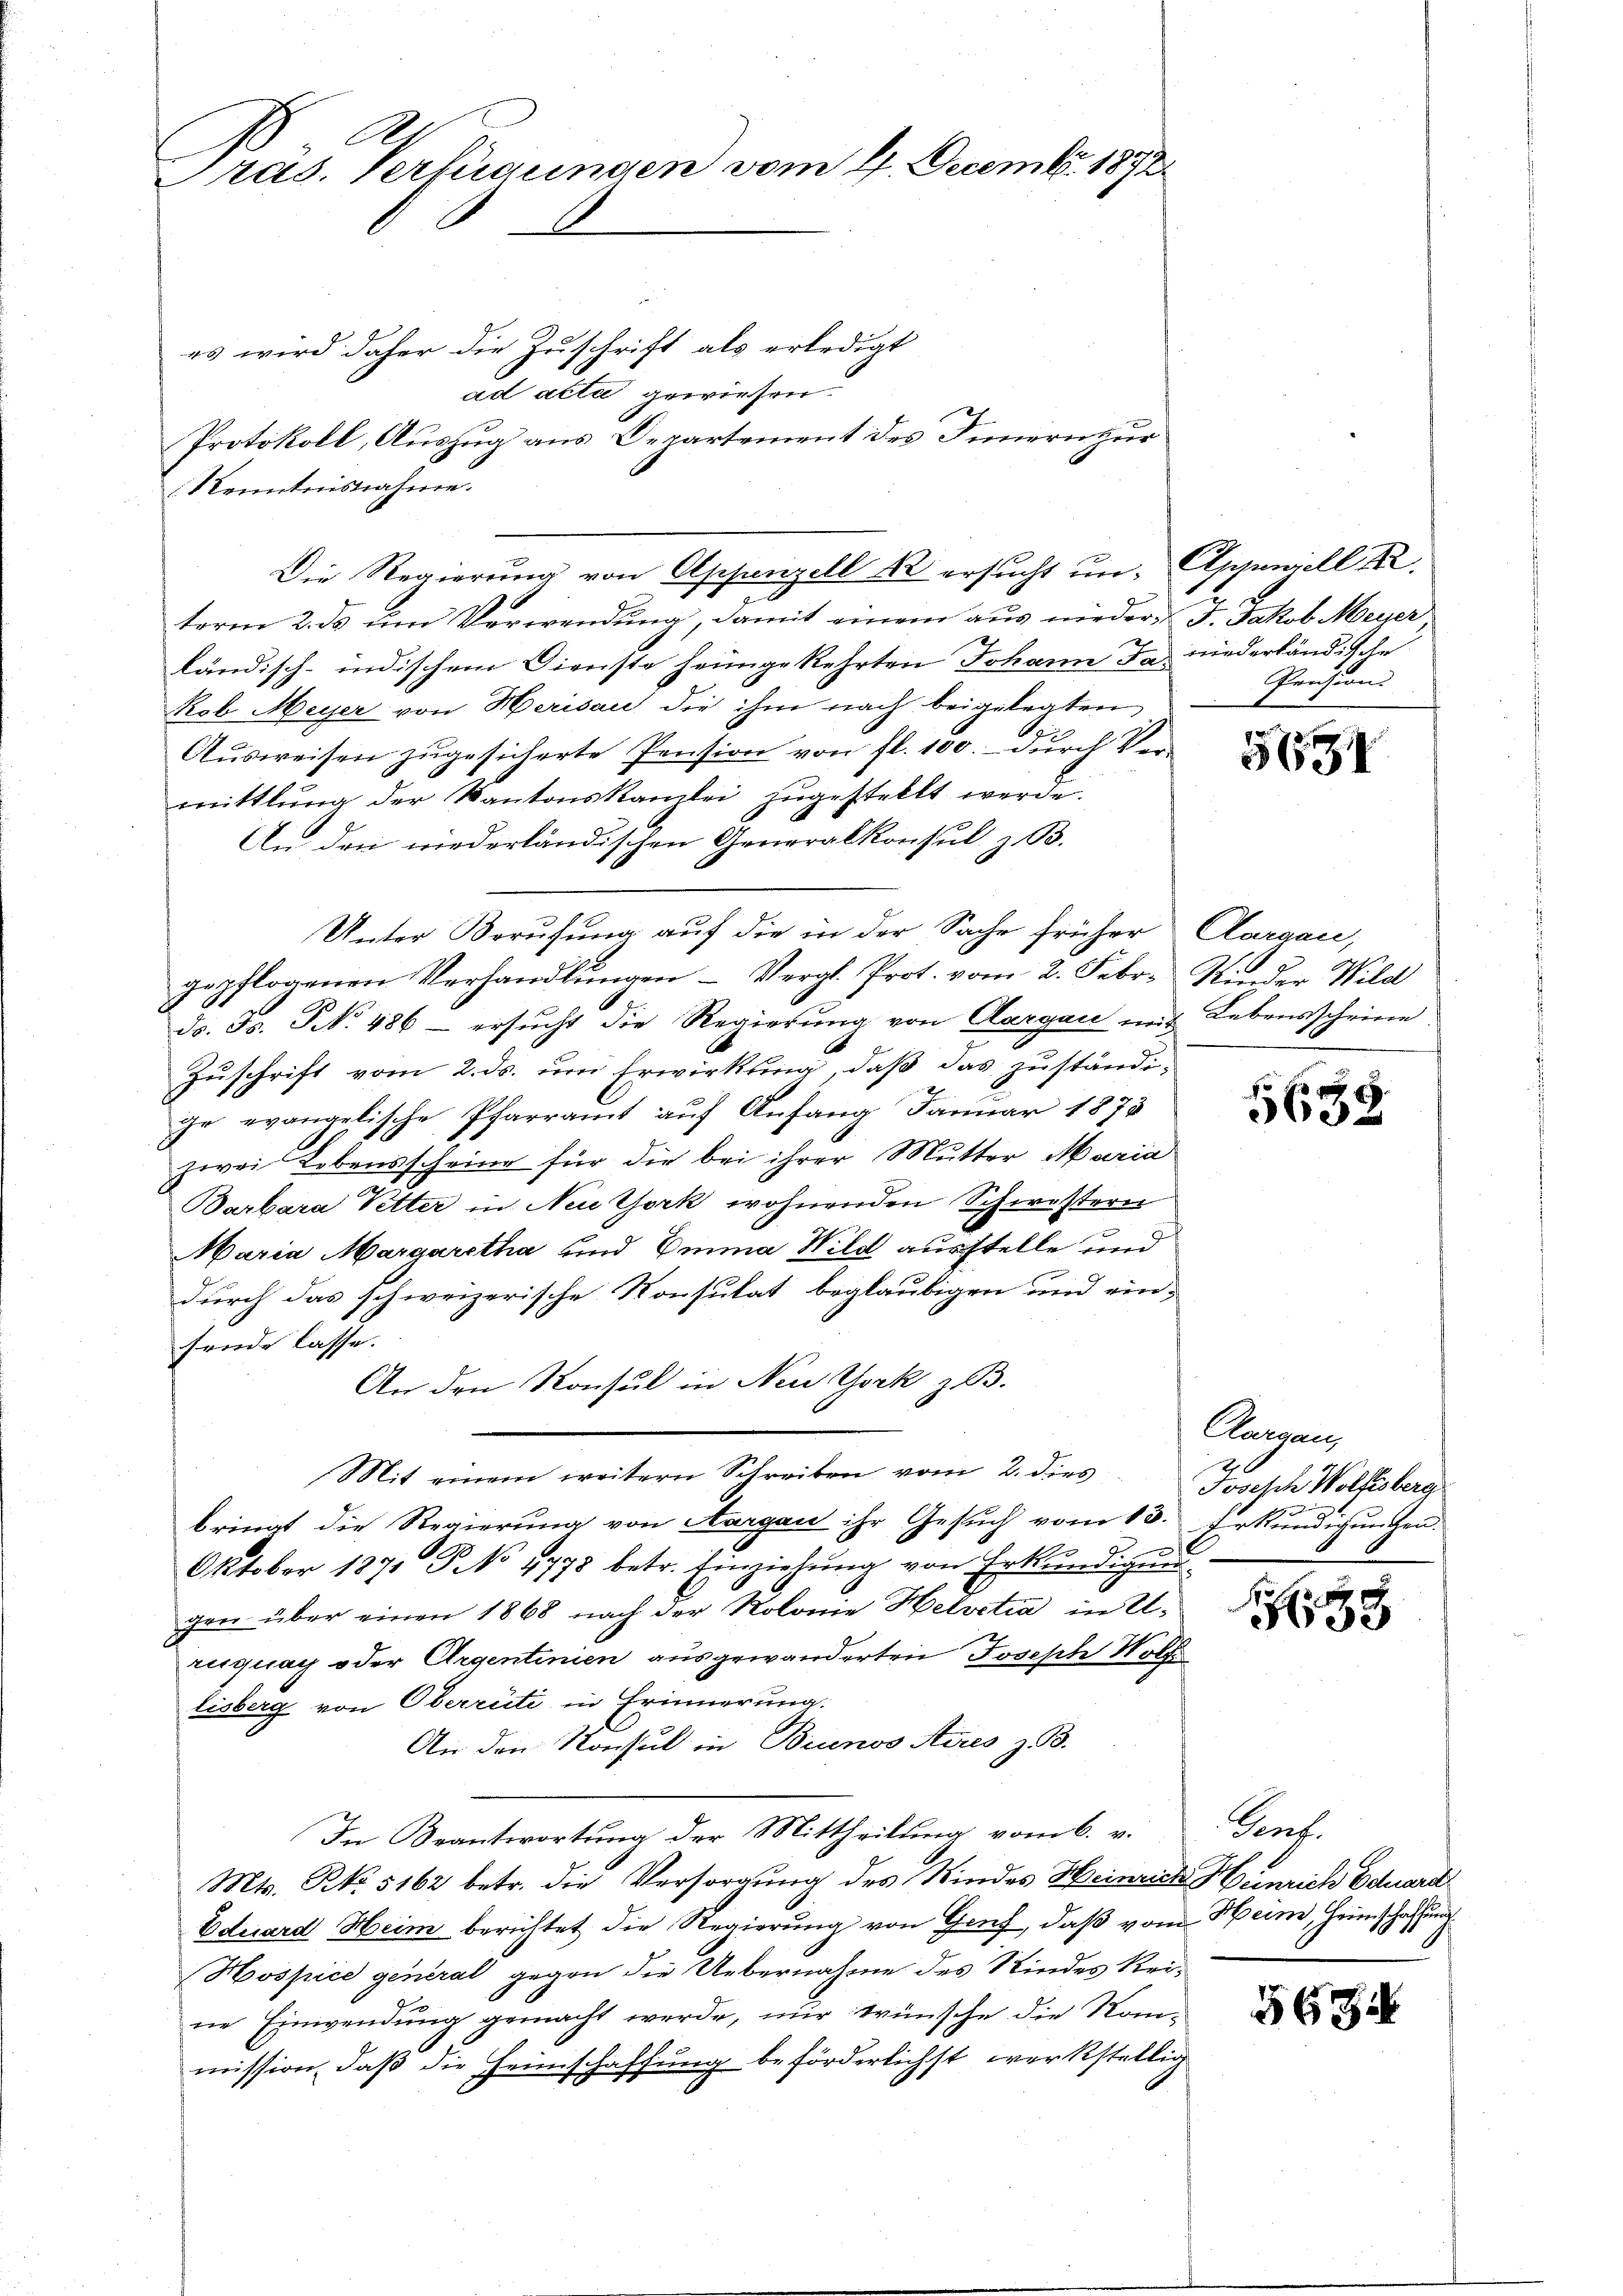
Pras. Verfügungen vom 4. Decembr. 1872.

es wird daher die Zuschrift als erledigt
ad acta gewiesen.
Protokoll, Auszug aus Departement des Innern zur
Kenntnisnahme.
term 2. ds um Verwendung, damit einem aus nieder J. Jakob Meyer,
ländisch-indischem Dienste heimgekehrten Johann Ja niederländische
kob Meyer von Herisau die ihm nach beigelegten
Ausweisen zugesicherte Pension von fl. 100. durch Vermittlung der Kantonskanzlei zugestellt werde.
An den niederländischen Generalkonsul z. B.
Unter Berufung auf die in der Sache früher
gepflogenen Verhandlungen Vergl. Prot. vom 2. Febr. Kinder Wild
ds. Fs. No. 486 - ersucht die Regierung von Aargau mit Lebensscheine
Zuschrift vom 2. ds. um Erwirkung, daß das zuständi-
ir evangelische Pfarramt auf Anfang Januar 1873
zwei Lebensscheine für die bei ihrer Mutter Maria
Barbara Vetter in Neu York wohnenden Schwestern
Maria Margaretha und Emma Wild ausstelle und
durch das schweizerische Konsulat beglaubigen und einsende lasse.
An den Konsul in New York z. B.
Mit einem weitern Schreiben vom 2. dies
bringt die Regierung von Aargau ihr Gesuch vom 13.
Oktober 1871 No 9975 betr. Einziehŭng von Erkŭndigŭng
gen über einen 1868 nach der Kolonie Helvetia in Uruguay oder Argentinien ausgewanderten Joseph Wolfe
lisberg von Oberrüti in Erinnerung.
An den Konsul in Brunos Aires z. B.
In Beantwortung der Mittheilung vom 6. v.
Mts. No. 5162 betr. die Versorgung des Kindes Heinrich Henrich Eduard
Eduard Heim berichtet die Regierung von Gruf, daß vom Heim, Heimschaffung
Hospice general gegen die Uebernahme des Kindes Reine Einwendung gemacht werde, nur wünsche die Kommission, daß die Heimschaffung beförderlichst werkstellig

Die Regierung von Appenzell R ersucht un Appenzell

Pension.

565

Claraau,

f 40 x
338

Carnau,
h
Josisch Wolfsbera
Erkundigungen.

3

Prof.

563